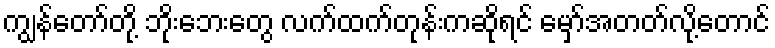
ကျွန်တော်တို့ ဘိုးဘေးတွေ လက်ထက်တုန်းကဆိုရင် မှော်အတတ်လို့တောင်